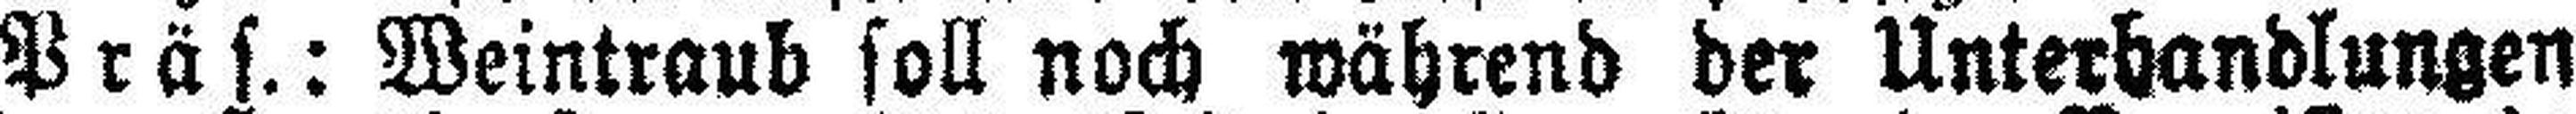
Präs.: Weintraub soll noch während der Unterhandlungen